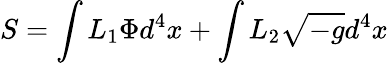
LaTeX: S=\int L_{1}\Phi d^{4}x+\int L_{2}\sqrt{-g}d^{4}x